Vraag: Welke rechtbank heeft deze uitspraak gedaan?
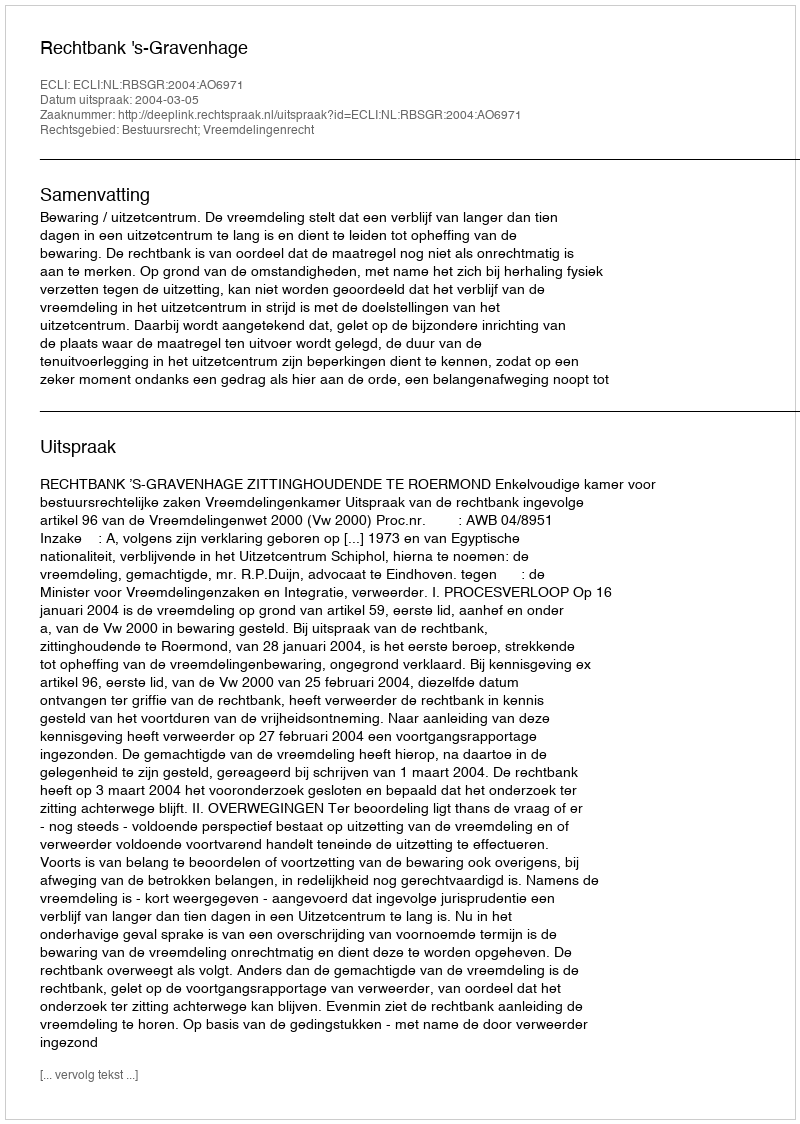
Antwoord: Rechtbank 's-Gravenhage